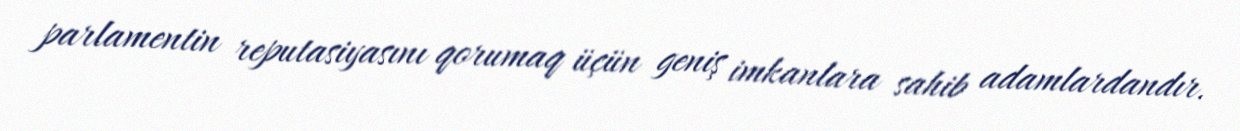
parlamentin reputasiyasını qorumaq üçün geniş imkanlara sahib adamlardandır.